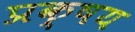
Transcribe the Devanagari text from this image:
प्रक्षय